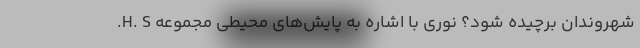
شهروندان برچیده شود؟ نوری با اشاره به پایش‌های محیطی مجموعه H. S.